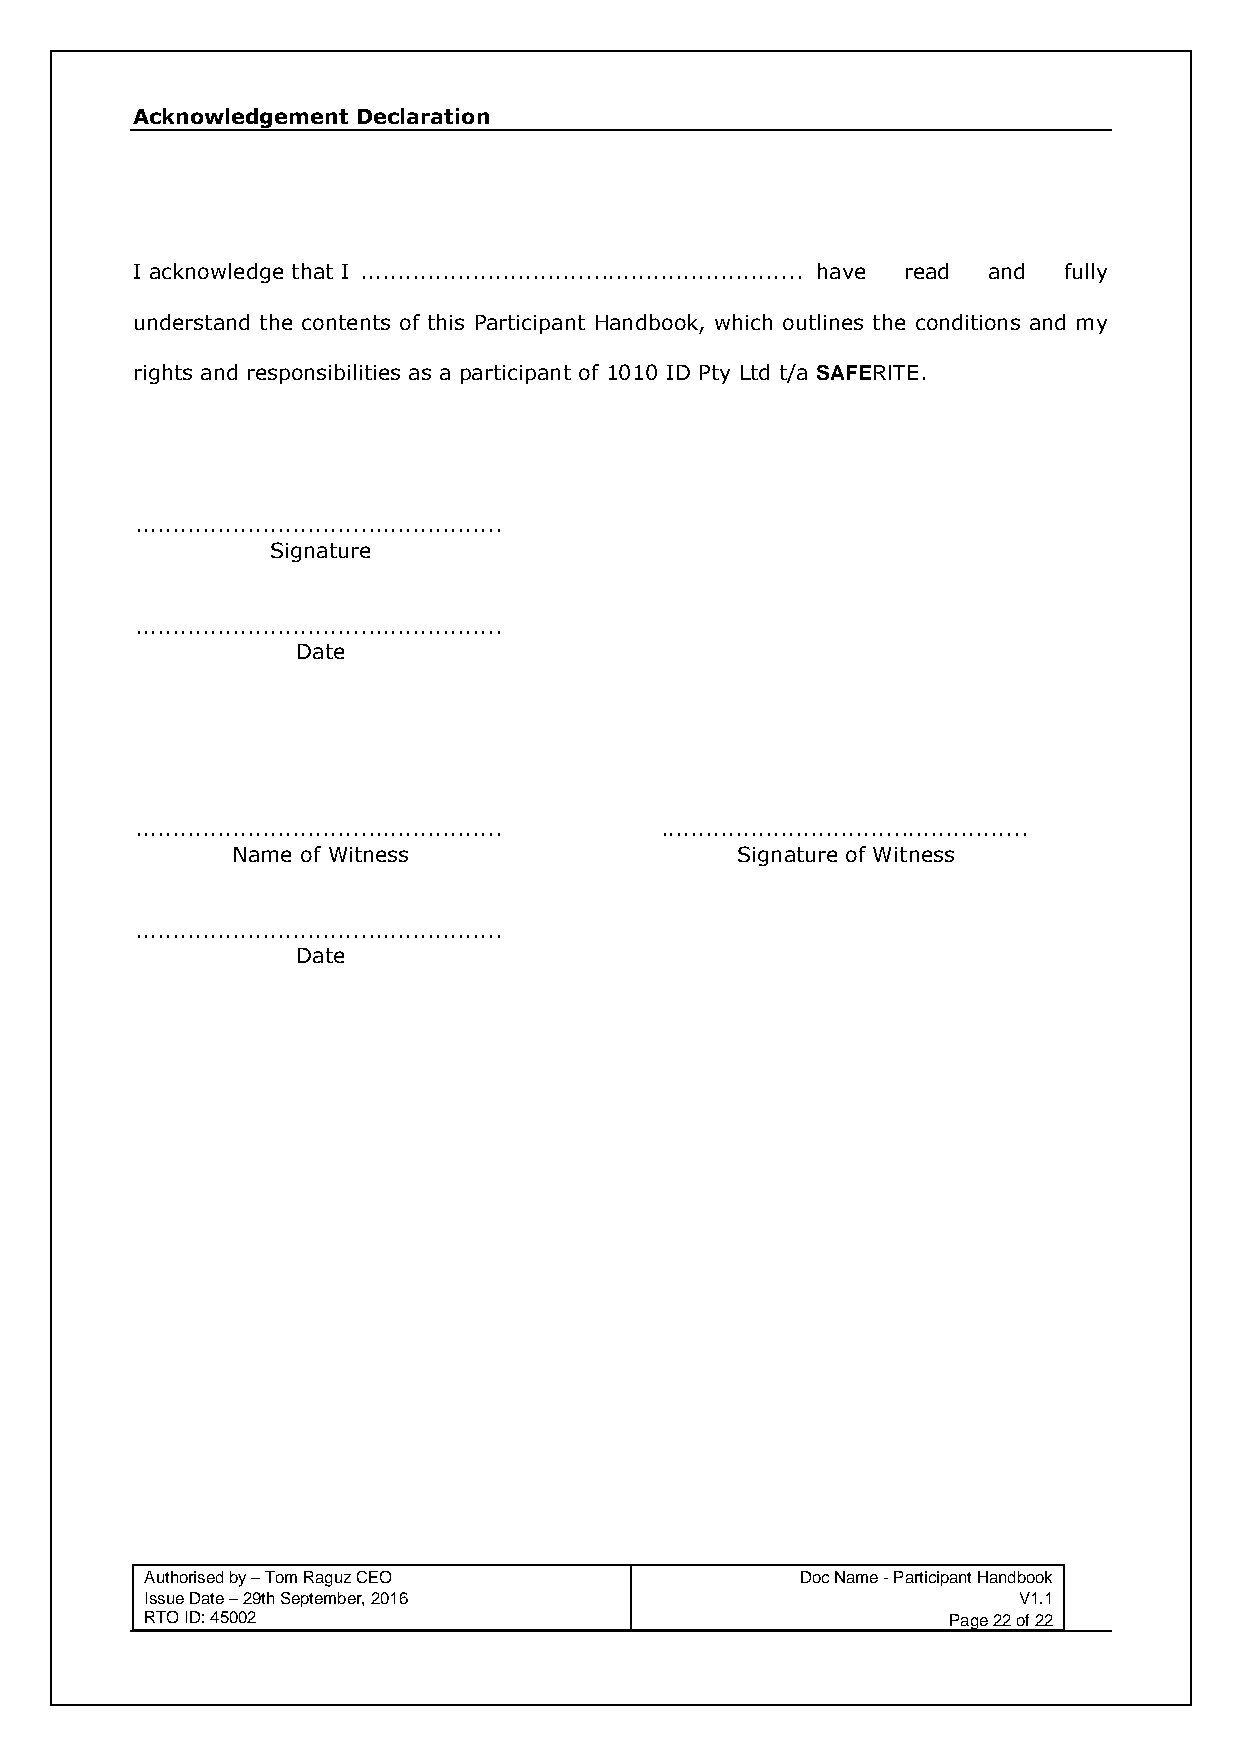
Acknowledgement Declaration
 I acknowledge that I ........................................................... have read and fully
 understand the contents of this Participant Handbook, which outlines the conditions and my
 rights and responsibilities as a participant of 1010 ID Pty Ltd t/a SAFERITE.
 .................................................
 Signature
 .................................................
 Date
 ................................................. .................................................
 Name of Witness                   Signature of Witness
 .................................................
 Date
 Authorised by – Tom Raguz CEO              Doc Name - Participant Handbook
 Issue Date – 29th September, 2016                        V1.1
 RTO ID: 45002                                        Page 22 of 22